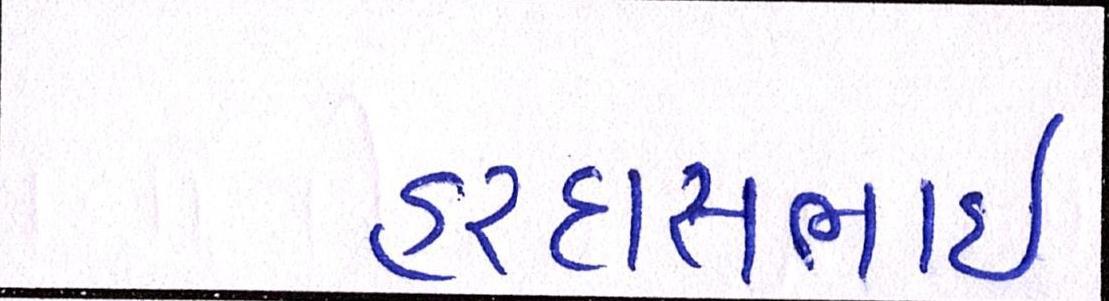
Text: હરદાસભાઇ